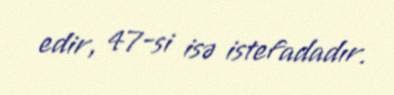
edir, 47-si isə istefadadır.